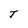
Character: T